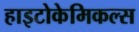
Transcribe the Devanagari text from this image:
हाइटोकेमिकल्स